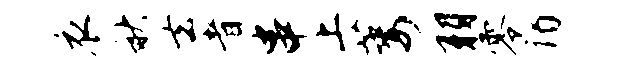
衣秋去者串上萎羽零谒